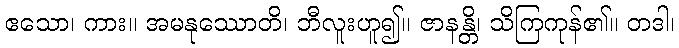
ဧသော၊ ကား။ အမနုဿောတိ၊ ဘီလူးဟူ၍။ ဇာနန္တိ၊ သိကြကုန်၏။ တဒါ၊